Indian journal of veterinary science and animal husbandry - Volumes 22-23, 1952-1953
Year: 1952
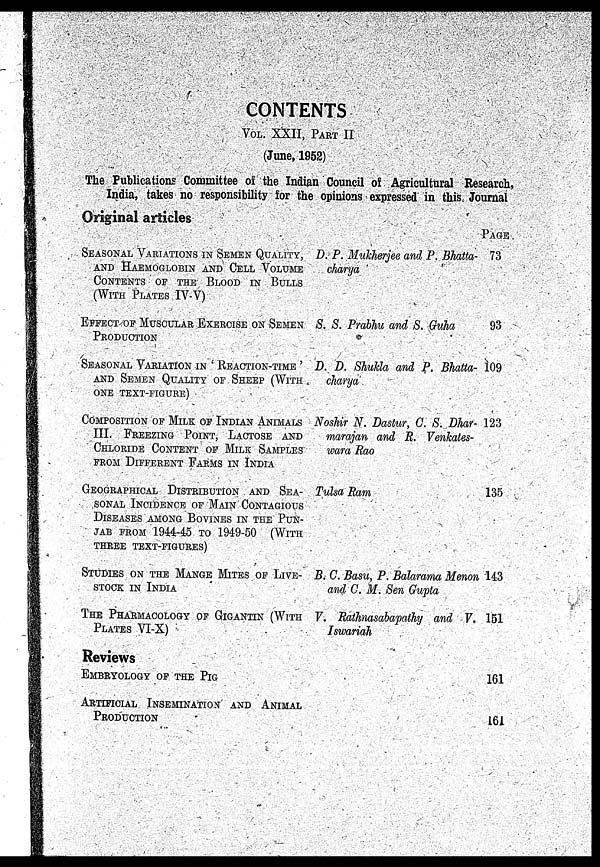
CONTENTS
VOL. XXII, PART II
(June, 1952)
The Publications Committee of the Indian Council of Agricultural Research,
India, takes no responsibility for the opinions expressed in this Journal
Original articles
SEASONAL VARIATIONS IN SEMEN QUALITY,
AND HAEMOGLOBIN AND CELL VOLUME
CONTENTS OF THE BLOOD IN BULLS
(WITH PLATES IV-V)
EFFECT OF MUSCULAR EXERCISE ON SEMEN
PRODUCTION
SEASONAL VARIATIONS IN ' REACTION-TIME '
AND SEMEN QUALITY OF SHEEP (WITH
ONE TEXT-FIGURE)
COMPOSITION OF MILK OF INDIAN ANIMALS
III. FREEZING POINT, LACTOSE AND
CHLORIDE CONTENT OF MILK SAMPLES
FROM DIFFERENT FARMS IN INDIA
GEOGRAPHICAL DISTRIBUTION AND SEA-
SONAL INCIDENCE OF MAIN CONTAGIOUS
DISEASES AMONG BOVINES IN THE PUN-
JAB FROM 1944-45 TO 1949-50 (WITH
THREE TEXT-FIGURES)
STUDIES ON THE MANGE MITES OF LIVE-
STOCK IN INDIA
THE PHARMACOLOGY OF GIGANTIN (WITH
PLATES VI-X)
D. P. Mukherjee and P. Bhatta-
charya
S. S. Prabhu and S. Guha
D. D. Shukla and P. Bhatta-
charya
Noshir N. Dastur, C. S. Dhar-
marajan and R. Venkates-
wara Rao
Tulsa Ram
B. C. Basu, P. Balarama Menon
and C. M. Sen Gupta
V. Rathnasabapathy and V.
Iswariah
PAGE
73
93
109
123
135
143
151
Reviews
EMBRYOLOGY OF THE PIG
ARTIFICIAL INSEMINATION AND ANIMAL
PRODUCTION
161
161